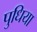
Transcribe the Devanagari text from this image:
पुधिया